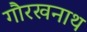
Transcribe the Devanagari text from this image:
गौरखनाथ